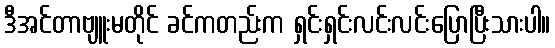
ဒီအင်တာဗျူးမတိုင် ခင်ကတည်းက ရှင်းရှင်းလင်းလင်းပြောပြီးသားပါ။